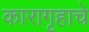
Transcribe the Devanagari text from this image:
कारागृहाचे